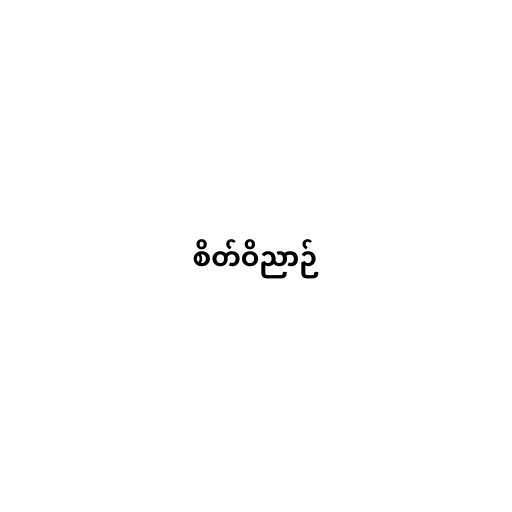
စိတ်ဝိညာဉ်